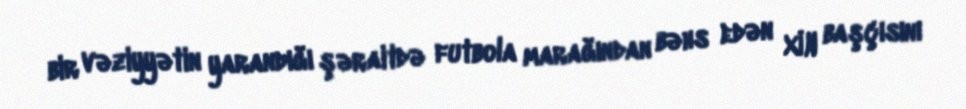
bir vəziyyətin yarandığı şəraitdə futbola marağından bəhs edən XİN başçısını